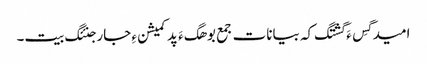
امید گِس ءَ گشتگ کہ بیانات جمع بوھگ ءَ پد کمیشن ءِ جار جنئگ بیت۔